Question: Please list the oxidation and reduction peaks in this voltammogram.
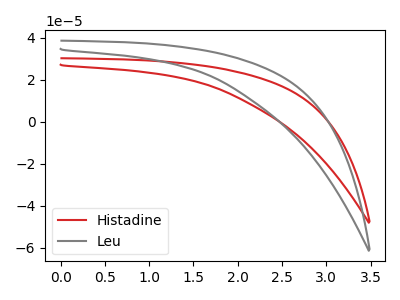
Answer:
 <answer>The red curve "Histadine" has no peaks. The gray curve "Leu" has no peaks.</answer>
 <eval></eval>